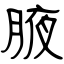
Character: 腋